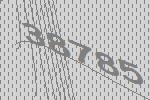
38785